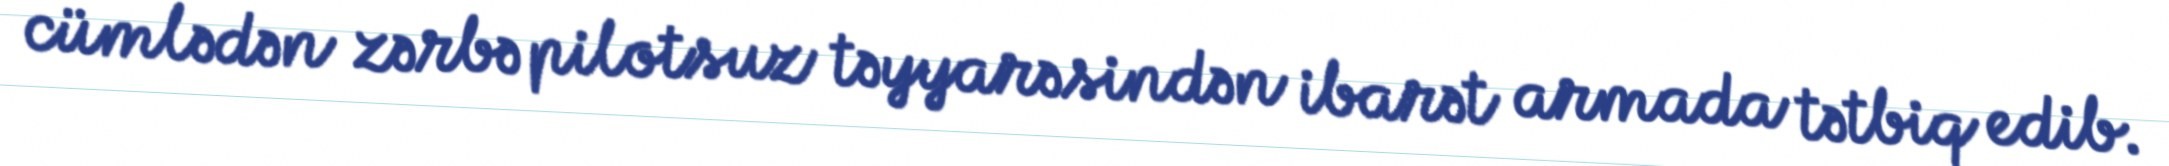
cümlədən zərbə pilotsuz təyyarəsindən ibarət armada tətbiq edib.